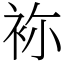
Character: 袮